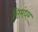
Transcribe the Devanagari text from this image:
सिमंधर